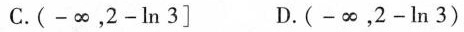
C.(-\infty，$$2 - l n 3$$] D.(-\infty，$$2 - l n 3$$)